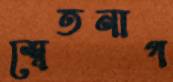
শ্বেতনাগ